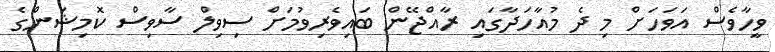
ވީހާވެސް އަވަހަށް މި ދެ މުއާހަދާގައި ރާއްޖޭން ބައިވެރިވުމަށް ސިވިލް ސާވިސް ކޮމިޝަންގެ